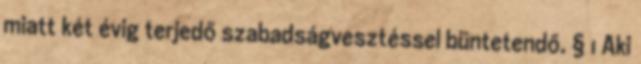
miatt két évig terjedő szabadságvesztéssel büntetendő. § 1 Aki